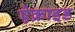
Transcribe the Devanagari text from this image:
ऐक्राइड